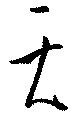
天